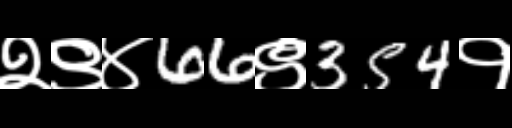
Text: २९४66९354१